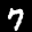
Label: 7